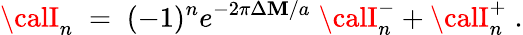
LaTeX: {\calI}_{n}\; =\; (-1)^{n}e^{-2\pi\Delta\mathbf{M}/a}\; {\calI}_{n}^{-}+{\calI}_{n}^{+}\; .